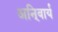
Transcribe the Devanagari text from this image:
अनि्वार्य